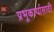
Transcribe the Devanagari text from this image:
प्रभूकार्यासाठी